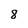
Character: 8